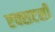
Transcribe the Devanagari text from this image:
एक्सटसी